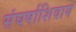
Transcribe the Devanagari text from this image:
संघर्षाशिवाय